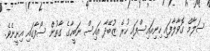
ސަލާމް ގޮވާލާފައި ހިނިއައިސްފައި ހުރެ ޒުބޭދާ އައިސް ނަބީހާގެ ގާތުން ސޯފާގައި އިށީނެވެ.